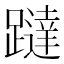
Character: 躂